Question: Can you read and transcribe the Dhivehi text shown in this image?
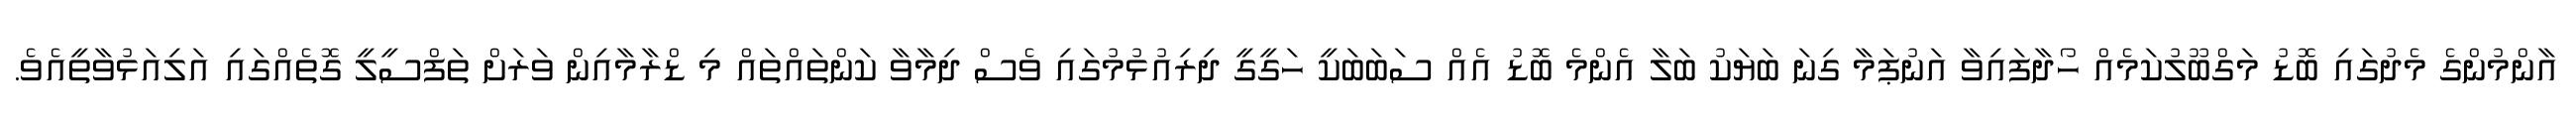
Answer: އާންމުންގެ މެދުގައި ބޮޑު މަގްބޫލުކަމެއް ހޯދާފައިވާ އަނުޕަމާ ގިނަ ބަޔަކު ބަލާ އެންމެ ބޮޑު އެއް ސަބަބަކީ ހަގީގީ ދިރިއުޅުމުގައި ވެސް ދިމާވާ ކަންތައްތައް މި ޑްރާމާއިން ވަރަށް ތަފްސީލީ ގޮތެއްގައި އަލިއަޅުވާތީއެވެ.